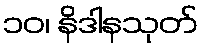
၁၀၊ နိဒါနသုတ်